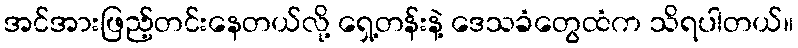
အင်အားဖြည့်တင်းနေတယ်လို့ ရှေ့တန်းနဲ့ ဒေသခံတွေထံက သိရပါတယ်။